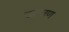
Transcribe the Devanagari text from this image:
उल्वण